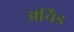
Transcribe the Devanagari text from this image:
अर्चिंड